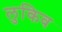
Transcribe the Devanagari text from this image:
लुकिव